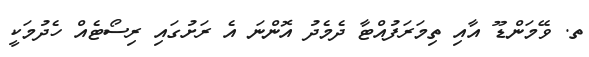
ތ. ވޭމަންޑޫ އާއި ތިމަރަފުއްޓާ ދެމެދު އޮންނަ އެ ރަށުގައި ރިސޯޓެއް ހެދުމަކީ